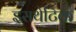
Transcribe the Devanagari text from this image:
इसथेटिक